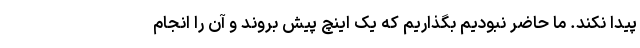
پیدا نکند. ما حاضر نبودیم بگذاریم که یک اینچ پیش بروند و آن را انجام